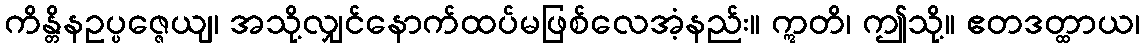
ကိန္တိနဥပ္ပဇ္ဇေယျ၊ အသို့လျှင်နောက်ထပ်မဖြစ်လေအံ့နည်း။ ဣတိ၊ ဤသို့။ ဧတဒတ္ထာယ၊